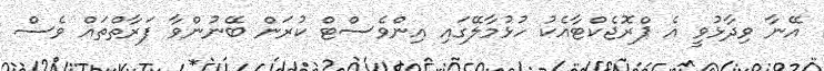
އޭނާ ވިދާޅުވީ އެ ޕްރޮޖެކްޓާއެކު ހުޅުމާލޭގައި އިންވެސްޓް ކުރަން ބޭނުންވާ ފަރާތްތައް ވެސް